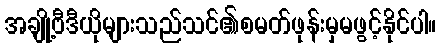
အချို့ဗီဒီယိုများသည်သင်၏စမတ်ဖုန်းမှမဖွင့်နိုင်ပါ။